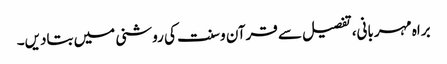
براہ مہربانی، تفصیل سے قرآن و سنت کی روشنی میں بتادیں۔